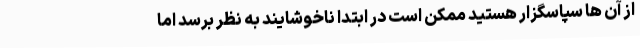
از آن ها سپاسگزار هستید ممکن است در ابتدا ناخوشایند به نظر برسد اما